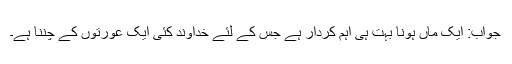
جواب: ایک ماں ہونا بہت ہی اہم کردار ہے جس کے لئے خداوند کئی ایک عورتوں کے چننا ہے۔